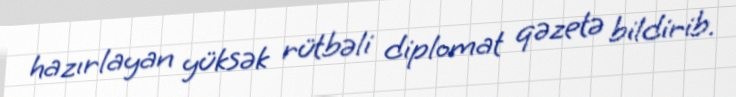
hazırlayan yüksək rütbəli diplomat qəzetə bildirib.